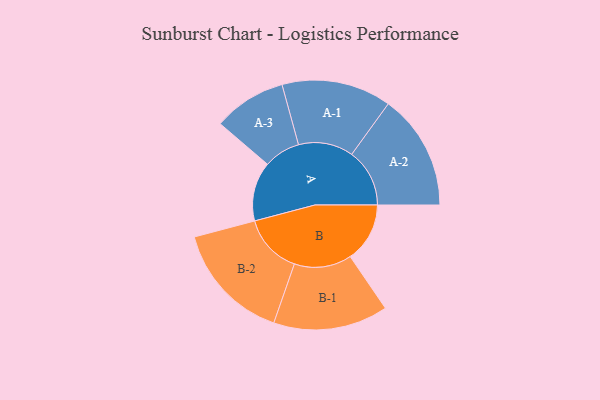
{"axis": {"x": "Segment", "y": "Value"}, "legend": ["", "A", "B"], "data": [{"x": "A", "y": 213, "type": ""}, {"x": "B", "y": 214, "type": ""}, {"x": "A-1", "y": 197, "type": "A"}, {"x": "A-2", "y": 208, "type": "A"}, {"x": "A-3", "y": 131, "type": "A"}, {"x": "B-1", "y": 206, "type": "B"}, {"x": "B-2", "y": 215, "type": "B"}]}